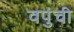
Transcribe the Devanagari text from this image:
वपुंची